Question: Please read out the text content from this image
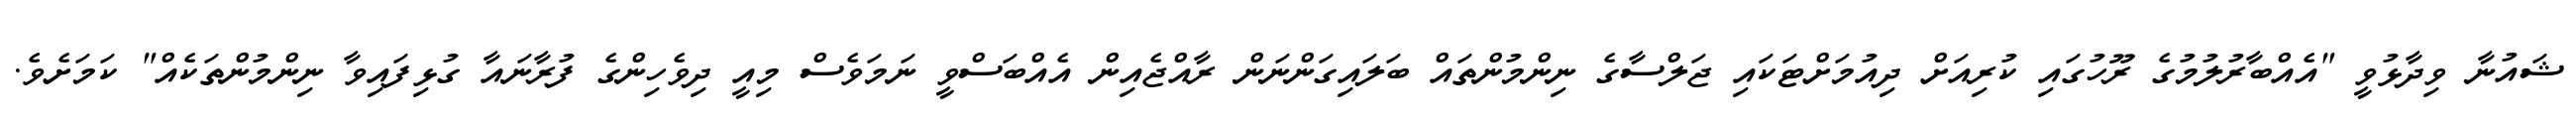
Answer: ޝައުނާ ވިދާޅުވީ "އެއްބާރުލުމުގެ ރޫހުގައި ކުރިއަށް ދިއުމަށްޓަކައި ޖަލްސާގެ ނިންމުންތައް ބަލައިގަންނަން ރާއްޖެއިން އެއްބަސްވީ ނަމަވެސް މިއީ ދިވެހިންގެ ފުރާނައާ ގުޅިފައިވާ ނިންމުންތަކެއް" ކަމަށެވެ.